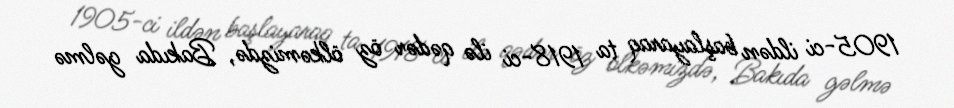
1905-ci ildən başlayaraq ta 1918-ci ilə qədər öz ölkəmizdə, Bakıda gəlmə